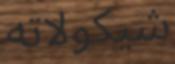
شيكولاته